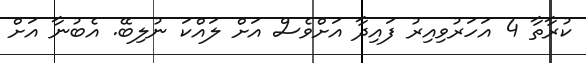
ކުރާތާ 4 އަހަރުވިއިރު ފައިދާ އަށްވެސް އަށް ލައްކަ ނުލިބޭ. އެބުނާ އަށް